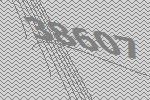
38607